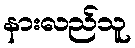
နားလည်သူ